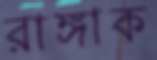
রাঙ্গাক